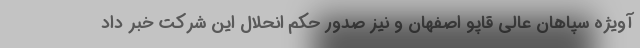
آویژه سپاهان عالی قاپو اصفهان و نیز صدور حکم انحلال این شرکت خبر داد